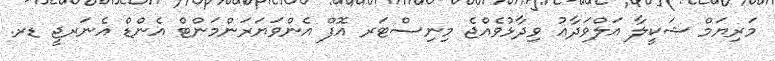
މަރިޔަމް ޝަކީލާ އަލްވަދާޢު ވިދާޅުވެއްޖެ މިނިސްޓަރ އޮފް އެންވަޔަރަންމަންޓް އެންޑް އެނަރޖީ ޑރ.